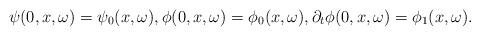
LaTeX: \begin{align*}\psi(0,x,\omega) = \psi_0(x,\omega), \phi(0,x,\omega) = \phi_0(x,\omega), \partial_t\phi(0,x,\omega) = \phi_1(x,\omega).\end{align*}